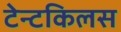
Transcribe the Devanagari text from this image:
टेन्टकिलस